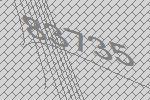
83735